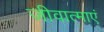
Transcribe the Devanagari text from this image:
जीवात्माएं